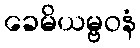
ခေမိယမ္ဗဝနံ